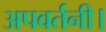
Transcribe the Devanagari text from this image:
अपवर्तनी।